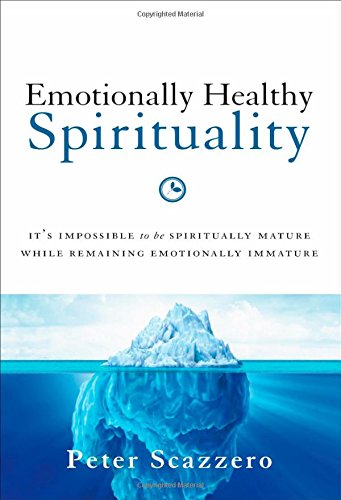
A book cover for Emotionally Healthy Spirituality: It's Impossible to Be Spiritually Mature, While Remaining Emotionally Immature; Peter Scazzero; Christian Books & Bibles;